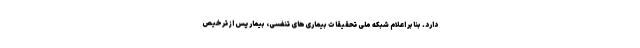
دارد. بنابر اعلام شبکه ملی تحقیقات بیماری‌های تنفسی، بیمار پس از ترخیص